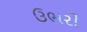
ઉભરી